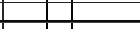
-